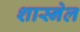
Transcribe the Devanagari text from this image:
शास्नेल